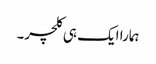
ہمارا ایک ہی کلچر۔